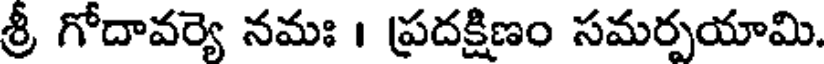
శ్రీ గోదావర్యె నమః । ప్రదక్షిణం సమర్పయామి.